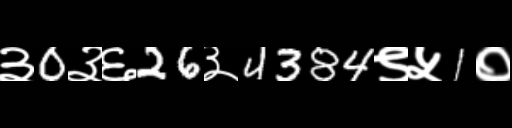
Text: ३0३६26३4384९५1०